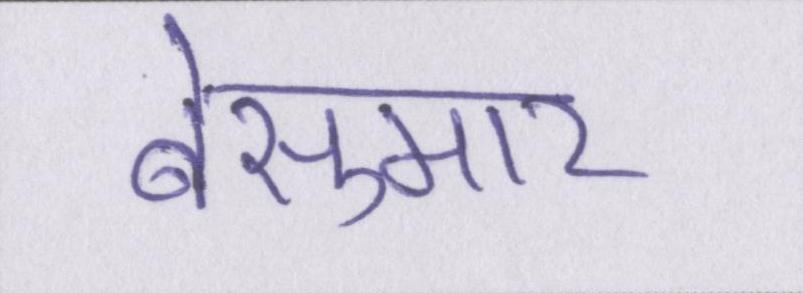
बेसुमार